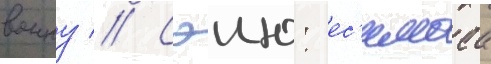
воину // Сэию: ес'имаса